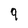
Character: 9